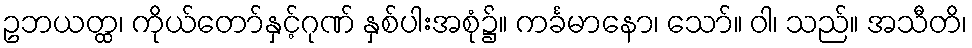
ဥဘယတ္ထ၊ ကိုယ်တော်နှင့်ဂုဏ် နှစ်ပါးအစုံ၌။ ကင်္ခမာနော၊ သော်။ ဝါ၊ သည်။ အသီတိ၊